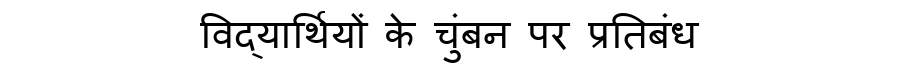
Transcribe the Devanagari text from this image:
विद्यार्थियों के चुंबन पर प्रतिबंध